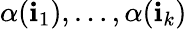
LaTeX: \alpha(\mathbf{i}_{1}),\dots,\alpha(\mathbf{i}_{k})